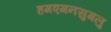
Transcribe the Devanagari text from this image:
हगएगनसुगलु